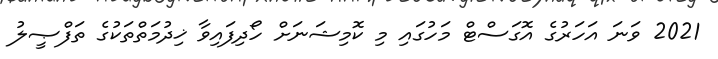
2021 ވަނަ އަހަރުގެ އޮގަސްޓް މަހުގައި މި ކޮމިޝަނަށް ހޯދިފައިވާ ޚިދުމަތްތަކުގެ ތަފްޞީލު